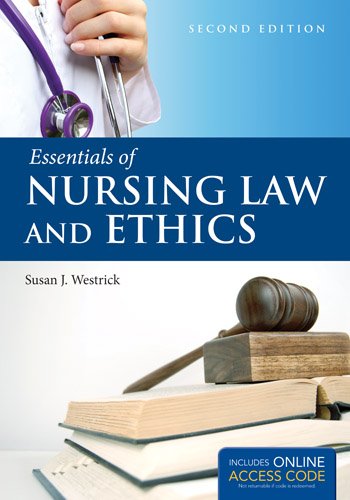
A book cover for Essentials Of Nursing Law And Ethics; Susan J. Westrick; Medical Books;